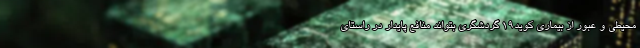
محیطی و عبور از بیماری کوید۱۹ گردشگری بتواند منافع پایدار در راستای